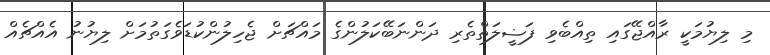
މި ލިޔުމަކީ ރާއްޖޭގައި ތިއްބެވި ފަޟީލަތްތެރި ދަންނަބޭކަލުންގެ މައްޗަށް ޖެހިލުންކުޑަވެގަތުމަށް ލިޔުނު އެއްޗެއް